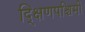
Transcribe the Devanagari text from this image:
द्क्षिणपश्चिमी